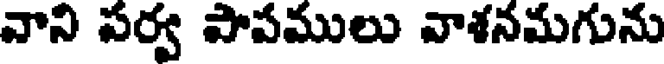
వాని పర్వ పాపములు వాశనమగును